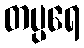
တပ္ပရေ